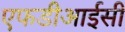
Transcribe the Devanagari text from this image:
एफडीआईसी